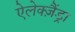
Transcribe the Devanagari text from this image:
ऐलेक्ज़ैंड्रा